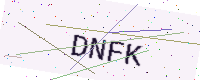
Text: DNFK